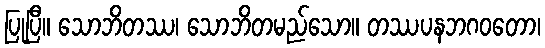
ပြုပြီ။ သောဘိတဿ၊ သောဘိတမည်သော။ တဿပနဘဂဝတော၊